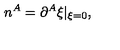
n ^ { A } = \partial ^ { A } \xi | _ { \xi = 0 } ,